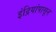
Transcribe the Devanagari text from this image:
इंद्रियांपासून